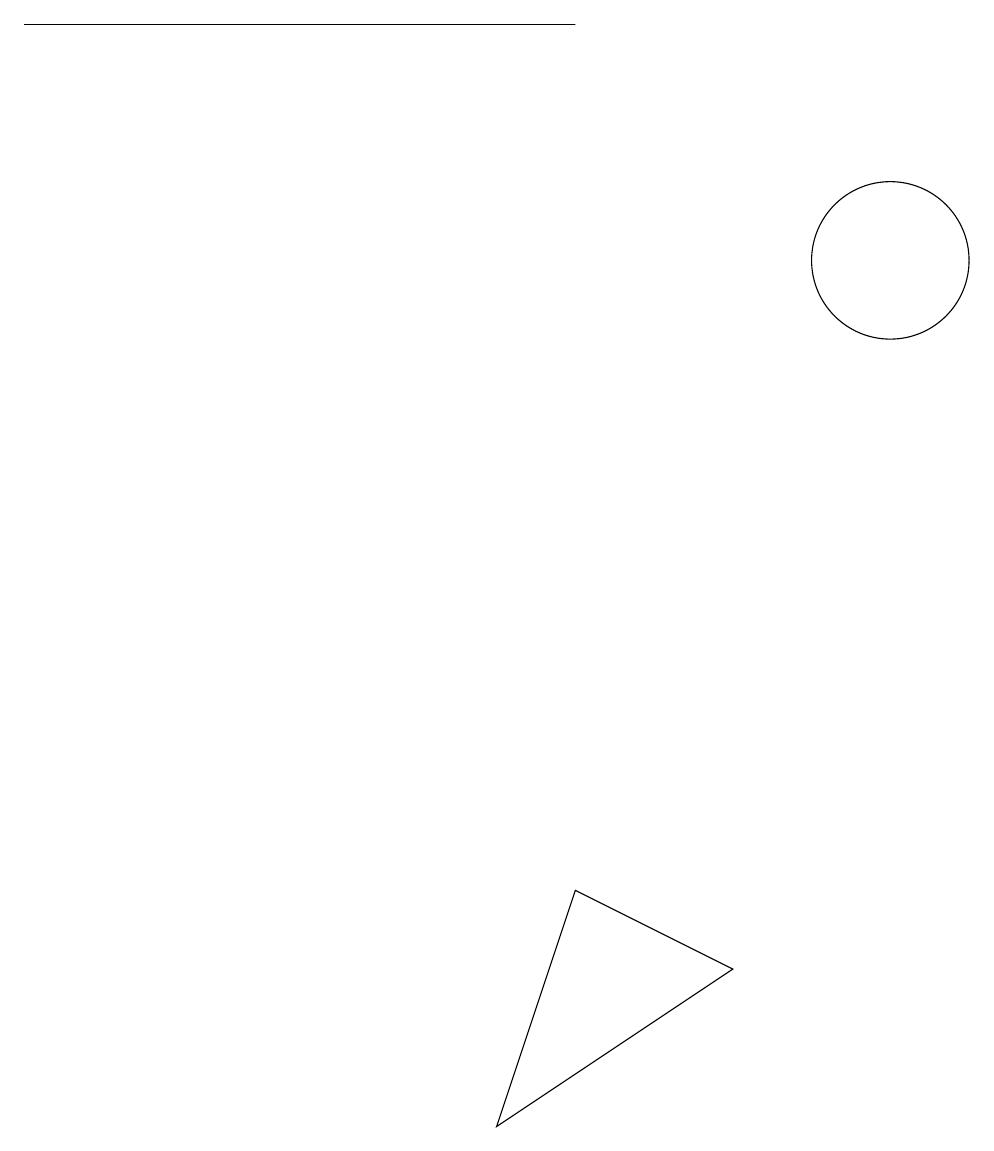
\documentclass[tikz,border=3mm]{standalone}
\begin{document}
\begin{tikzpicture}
\draw (0,15) rectangle (7,15);
\draw (11,12) circle (1);
\draw (6,1) -- (9,3) -- (7,4) -- cycle;
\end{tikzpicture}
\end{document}